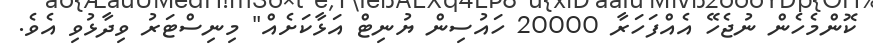
ކޮންމެހެން ނުޖެހޭ އެއްފަހަރާ 20000 ހައުސިން ޔުނިޓް އަޅާކަށެއް" މިނިސްޓަރު ވިދާޅުވި އެވެ.